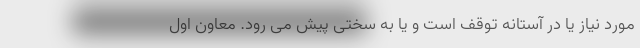
مورد نیاز یا در آستانه توقف است و یا به سختی پیش می رود. معاون اول